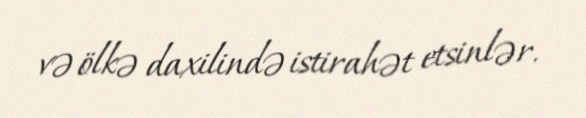
və ölkə daxilində istirahət etsinlər.